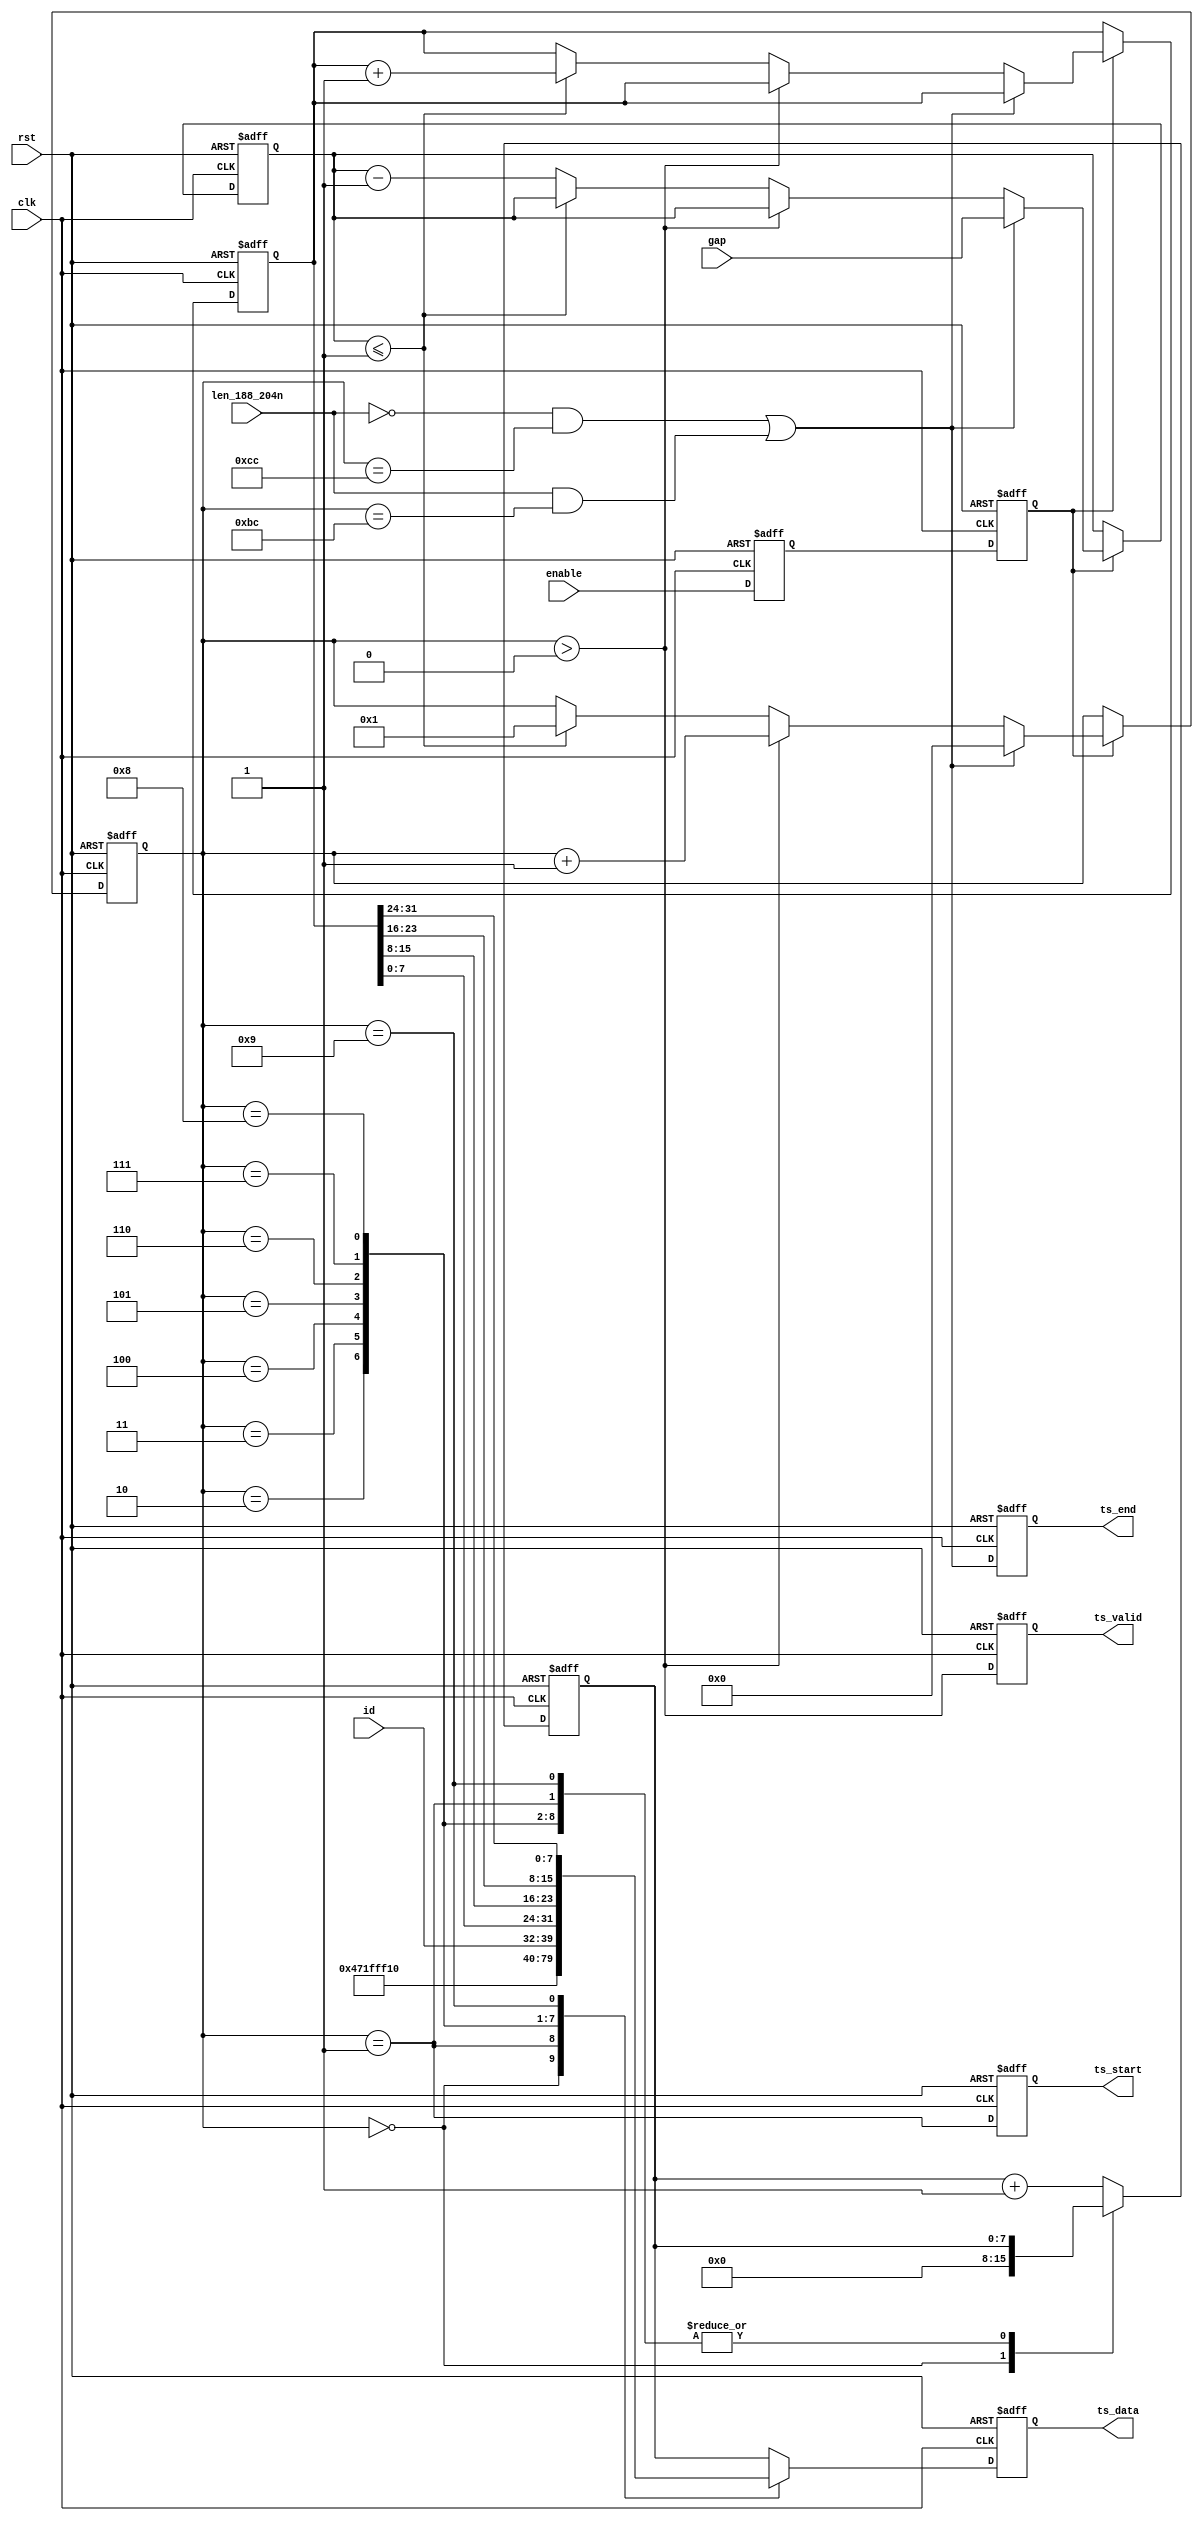
//--------------------------------------------------------------------------------------------------
// (c)2004 Altera Corporation. All rights reserved.
//
// Altera products are protected under numerous U.S. and foreign patents,
// maskwork rights, copyrights and other intellectual property laws.
//
// This reference design file, and your use thereof, is subject to and governed
// by the terms and conditions of the applicable Altera Reference Design License
// Agreement (either as signed by you or found at www.altera.com).  By using
// this reference design file, you indicate your acceptance of such terms and
// conditions between you and Altera Corporation.  In the event that you do not
// agree with such terms and conditions, you may not use the reference design
// file and please promptly destroy any copies you have made.
//
// This reference design file is being provided on an ?as-is? basis and as an
// accommodation and therefore all warranties, representations or guarantees of
// any kind (whether express, implied or statutory) including, without
// limitation, warranties of merchantability, non-infringement, or fitness for
// a particular purpose, are specifically disclaimed.  By making this reference
// design file available, Altera expressly does not recommend, suggest or
// require that this reference design file be used in combination with any
// other product not provided by Altera.
//--------------------------------------------------------------------------------------------------
//
// Transport stream packet generator.
//
//--------------------------------------------------------------------------------------------------

module ts_packet_gen (
  clk,
  rst,
  enable,
  id,
  len_188_204n,
  gap,
  ts_data,
  ts_valid,
  ts_start,
  ts_end
  );

input         clk;
input         rst;
input         enable;
input   [7:0] id;
input         len_188_204n;
input  [15:0] gap;
output  [7:0] ts_data;
output        ts_valid;
output        ts_start;
output        ts_end;

reg enable_d;
reg enable_s;
always @ (posedge clk or posedge rst)
begin
  if (rst) begin
    enable_d <= 1'b0;
    enable_s <= 1'b0;
  end
  else begin
    enable_d <= enable;
    enable_s <= enable_d;
  end
end

reg  [7:0] ts_data;
reg        ts_valid;
reg        ts_start;
reg        ts_end;
reg [15:0] gap_count;
reg  [9:0] tx_count;
reg [31:0] tx_packet_count;

always @ (posedge clk or posedge rst)
begin
  if (rst) begin
    gap_count <= 0;
    tx_count <= 0;
    tx_packet_count <= 0;

  end
  else if (enable_s) begin
    // End of packet, start interpacket gap
    if ((~len_188_204n & tx_count==204) | (len_188_204n & tx_count==188)) begin
      tx_count  <= 0;
      gap_count <= gap;
    end
    // Count through bytes of packet
    else if (tx_count>0) begin
      tx_count <= tx_count + 1;
    end
    // End of interpacket gap so start new packet
    else if (gap_count<=1) begin
      tx_count <= 1;
      tx_packet_count <= tx_packet_count + 1;
    end
    // Count through interpacket gap
    else begin
      gap_count <= gap_count - 1;
    end
  end
end

//--------------------------------------------------------------------------------------------------
// Generated packet content. Packet starts with NULL 47 1F FF 10 header, then byte indicating
// channel id, then 4 bytes for the packet count. Rest of packet is filled with values from an
// incrementing counter.
//--------------------------------------------------------------------------------------------------
reg [7:0] count;
always @ (posedge clk or posedge rst)
begin
  if (rst) begin
    ts_data  <= 8'b0;
    ts_valid <= 1'b0;
    ts_start <= 1'b0;
    ts_end   <= 1'b0;
    count    <= 0;
  end
  else begin
    ts_valid <= (tx_count>0);
    ts_start <= (tx_count==1);
    ts_end   <= (~len_188_204n & tx_count==204) | (len_188_204n & tx_count==188);
    case (tx_count)
      10'd0 : begin
            ts_data <= 8'h00;
            count   <= 0;
          end
      10'd1 : ts_data <= 8'h47;
      10'd2 : ts_data <= 8'h1F;
      10'd3 : ts_data <= 8'hFF;
      10'd4 : ts_data <= 8'h10;
      10'd5 : ts_data <= id;
      10'd6 : ts_data <= tx_packet_count[7:0];
      10'd7 : ts_data <= tx_packet_count[15:8];
      10'd8 : ts_data <= tx_packet_count[23:16];
      10'd9 : ts_data <= tx_packet_count[31:24];
      default : begin
                  ts_data <= count;
                  count   <= count + 1;
                end
    endcase
  end
end



endmodule